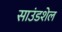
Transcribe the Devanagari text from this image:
साउंडशेल